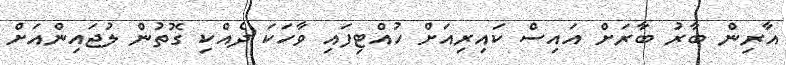
އާރިން ބާރު ބާރަށް އައިސް ކައިރިއަށް ހުއްޓިފައި ވާހަކަ ދެއްކި ގޮތުން ލުޖައިންއަށް